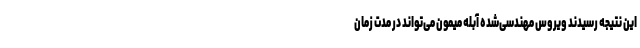
این نتیجه رسیدند ویروس مهندسی‌شده آبله میمون می‌تواند در مدت زمان